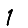
Digit: 1